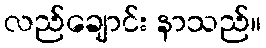
လည်ချောင်း နာသည်။